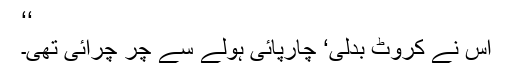
‘‘
اس نے کروٹ بدلی‘ چارپائی ہولے سے چر چرائی تھی۔